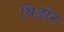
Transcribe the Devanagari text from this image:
थिडोर